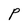
Character: P